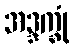
အဒ္ဒက္ခုံ